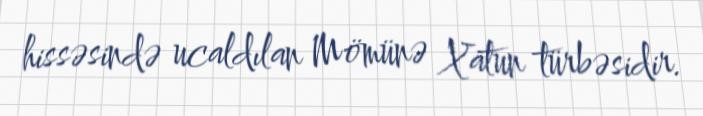
hissəsində ucaldılan Mömünə Xatun türbəsidir.